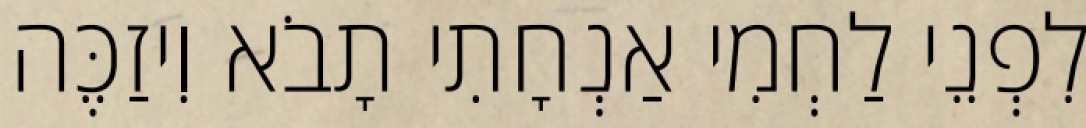
לִפְנֵי לַחְמִי אַנְחָתִי תָבֹא וִיזַכֶּה